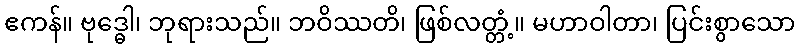
ဧကန်။ ဗုဒ္ဓေါ၊ ဘုရားသည်။ ဘဝိဿတိ၊ ဖြစ်လတ္တံ့။ မဟာဝါတာ၊ ပြင်းစွာသော